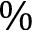
\%